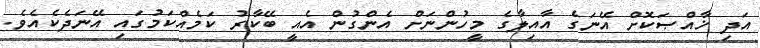
އަދި ޚާއްޞަކޮށް އޭނަގެ އާއިލާގެ މީހުންނަށް އެންގުން އެއީ ބޭކާރު ކަމެއްކަމުގައި އޭނަދެކެއެވެ.